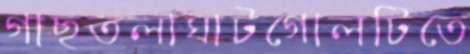
গাছতলাঘাটগোলটিতে